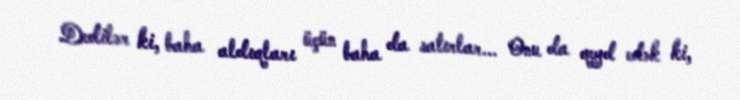
Dedilər ki, baha aldıqları üçün baha da satırlar... Onu da qeyd edək ki,